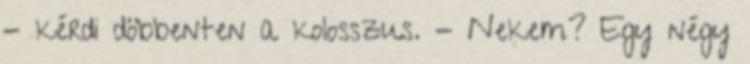
- kérdi döbbenten a kolosszus. - Nekem? Egy négy